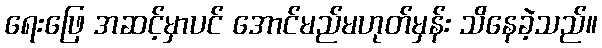
ရေးဖြေ အဆင့်မှာပင် အောင်မည်မဟုတ်မှန်း သိနေခဲ့သည်။